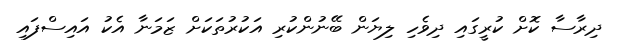
ދިރާސާ ކޮށް ކުރީގައި ދިވެހި ލިޔަން ބޭނުންކުރި އަކުރުތަކަށް ޒަމަނާ އެކު އައިސްފައި